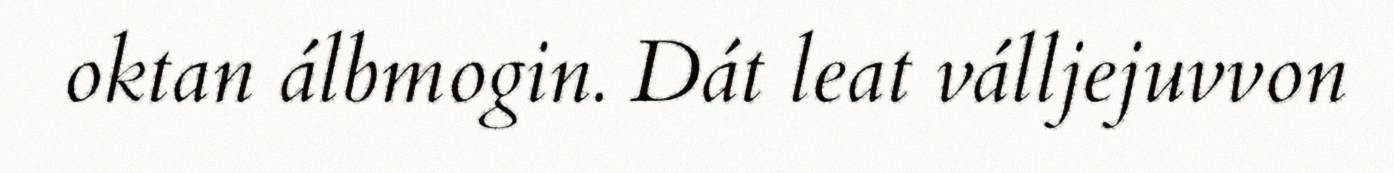
oktan álbmogin. Dát leat válljejuvvon